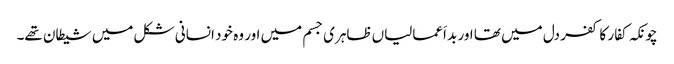
چونکہ کفار کا کفر دل میں تھا اور بد اَعمالیاں ظاہری جسم میں اور وہ خود انسانی شکل میں شیطان تھے۔